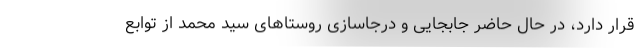
قرار دارد، در حال حاضر جابجایی و درجاسازی روستاهای سید محمد از توابع